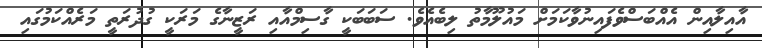
އާއިލާއިން އެއްބަސްވެފައިނުވާކަމަށް މައުލޫމާތު ލިބެއެވެ. ސަބަބަކީ ގާސިމްއާއި ރަޒީނާގެ މަރަކީ ގުދުރަތީ މަރެއްކަމުގައި